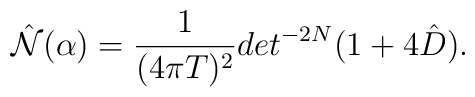
\hat{{\cal N}}(\alpha)={1\over (4\pi T)^2}det^{-2N}(1+4\hat{D}).